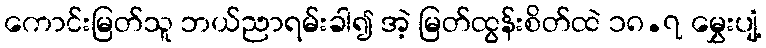
ကောင်းမြတ်သူ ဘယ်ညာရမ်းခါ၍ အဲ့ မြတ်ထွန်းစိတ်ထဲ ၁၈.၇ မွှေးပျံ့